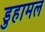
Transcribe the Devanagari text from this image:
डुहामल